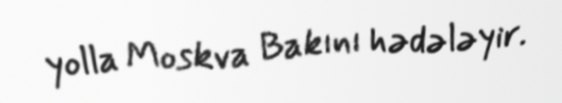
yolla Moskva Bakını hədələyir.